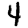
Digit: 4